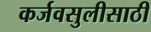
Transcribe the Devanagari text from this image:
कर्जवसुलीसाठी